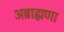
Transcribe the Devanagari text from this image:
अब्राह्मणा